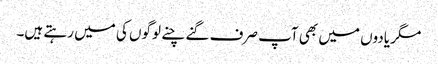
مگر یادوں میں بھی آپ صرف گنے چنے لوگوں کی میں رہتے ہیں۔